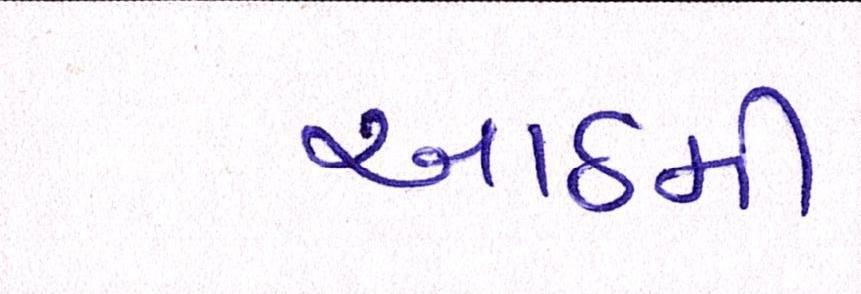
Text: આઠમી